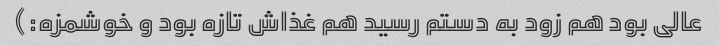
عالی بود هم زود به دستم رسید هم غذاش تازه بود و خوشمزه:)